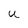
Character: U